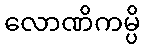
လောဏိကမ္ပိ